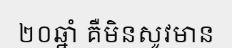
២០ឆ្នាំ គឺមិនសូវមាន